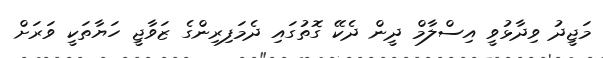
މަޖީދު ވިދާޅުވީ އިސްލާމް ދީން ދެކޭ ގޮތުގައި ދެމަފިރިންގެ ޒަވާޖީ ހަޔާތަކީ ވަރަށް